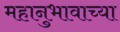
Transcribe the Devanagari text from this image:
महानुभावाच्या